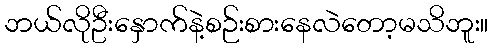
ဘယ်လိုဦးနှောက်နဲ့စဉ်းစားနေလဲတော့မသိဘူး။